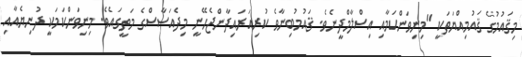
މިޤައުމުގެ ޤައުމިއްޔަތަކީ "މިނިވަންކަމާއި އިސްލާމްދީނެވެ. ޤައުމުބިނާވެ ކުރިއަރައިދާންޖެހޭނީ މިދެއަސާސްގެ މަތީގައެވެ. މިނިވަންކަމަކީ ދުނިޔެއާއި